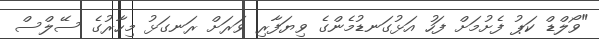
"ވޯލްޑް ކަޕު ފެށުމަށް ފަހު އަޅުގަނޑުމެންގެ ވިޔަފާރި ވަރަށް ރަނގަޅު މިހާރުގެ ސޭލްސް